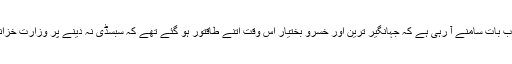
معروف تجزیہ کار نے کہا کہ اب بات سامنے آ رہی ہے کہ جہانگیر ترین اور خسرو بختیار اس وقت اتنے طاقتور ہو گئے تھے کہ سبسڈی نہ دینے پر وزارت خزانہ سے اسد عمر کو الگ کرا دیا۔